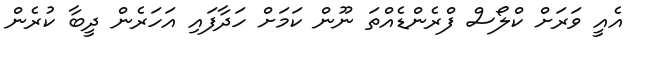
އެއީ ވަރަށް ކްލޯސް ފްރެންޑެއްތަ ނޫން ކަމަށް ހަދާފައި އަހަރެން ދީބާ ކުރެން